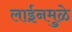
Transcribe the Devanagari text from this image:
लाईनमुळे